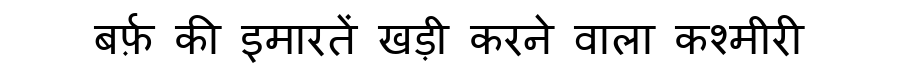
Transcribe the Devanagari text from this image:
बर्फ़ की इमारतें खड़ी करने वाला कश्मीरी